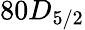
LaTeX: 80D_{5/2}